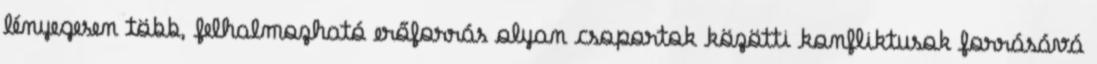
lényegesen több, felhalmozható erőforrás olyan csoportok közötti konﬂiktusok forrásává